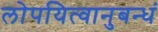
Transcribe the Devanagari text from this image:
लोपयित्वानुबन्धं